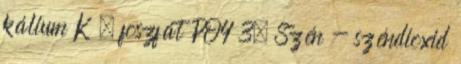
kálium K , foszfát PO4 3. Szén - széndioxid